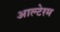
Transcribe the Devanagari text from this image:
आल्टेरम